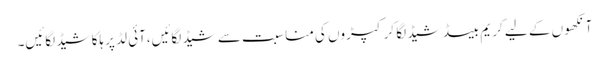
آنکھو ں کے لیے کر یم بیسڈ شیڈ لگا کر کپڑوں کی منا سبت سے شیڈ لگائیں،آئی لڈ پر ہلکا شیڈ لگائیں۔